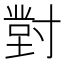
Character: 𭔾